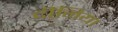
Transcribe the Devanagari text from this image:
दीनिया